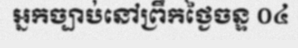
អ្នកច្បាប់នៅព្រឹកថ្ងៃចន្ទ ០៤